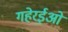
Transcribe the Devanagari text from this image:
गहेरईओं